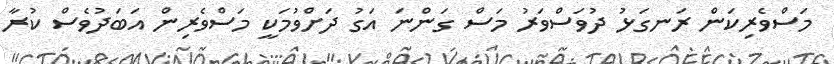
މަސްވެރިކަން ރަނގަޅު ދުވަސްވަރު މަސް ގަންނަ އަގު ދަށްވުމަކީ މަސްވެރިން އަބަދުވެސް ކުރާ